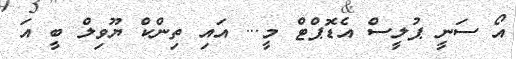
އޯ ސަނީ ޕުލީސް އެޑޮޕްޓް މީ... އައި ތިންކް ޔޫވިލް ބީ އަ